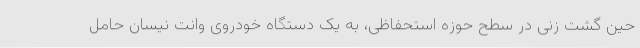
حین گشت زنی در سطح حوزه استحفاظی، به یک دستگاه خودروی وانت نیسان حامل